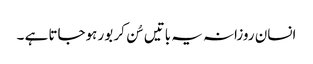
انسان روزانہ یہ باتیں سُن کر بور ہوجاتا ہے ۔